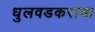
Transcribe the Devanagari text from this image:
धुलवडकराचा